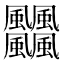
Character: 𩙡